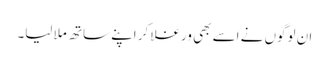
ان لوگوں نے اسے بھی ورغلا کر اپنے ساتھ ملا لیا۔